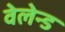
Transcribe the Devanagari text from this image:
वेलेन्ड